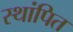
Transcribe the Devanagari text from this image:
स्थांपित